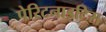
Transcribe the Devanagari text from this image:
पेरिटनाइटिस